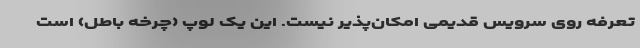
تعرفه روی سرویس قدیمی امکان‌پذیر نیست. این یک لوپ (چرخه باطل) است